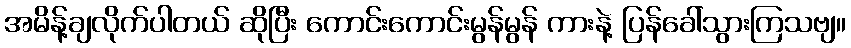
အမိန့်ချလိုက်ပါတယ် ဆိုပြီး ကောင်းကောင်းမွန်မွန် ကားနဲ့ ပြန်ခေါ်သွားကြသဗျ။